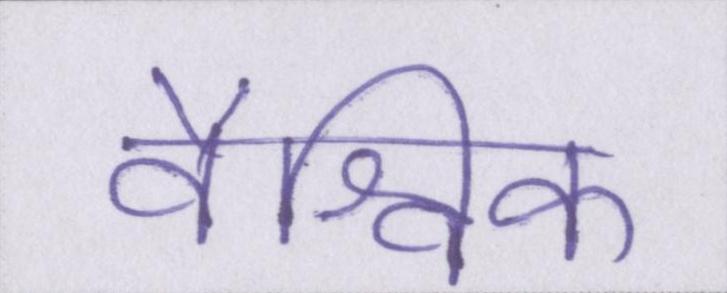
वैश्विक